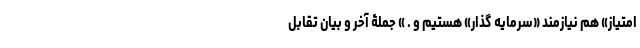
امتیاز» هم نیازمند «سرمایه گذار» هستیم و . » جملۀ آخر و بیان تقابل